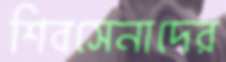
শিবসেনাদের